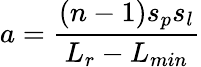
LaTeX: a=\frac{(n-1)s_{p}s_{l}}{L_{r}-L_{min}}